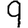
Digit: 9